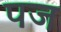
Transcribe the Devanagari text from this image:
पज